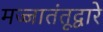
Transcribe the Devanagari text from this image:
मज्जातंतूद्वारे